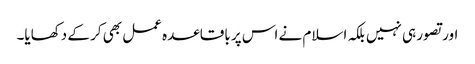
اور تصور ہی نہیں بلکہ اسلام نے اس پر باقاعدہ عمل بھی کر کے دکھایا۔